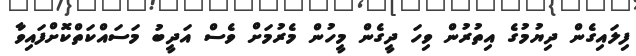
ފިލައިގެން ދިޔުމުގެ އިތުރުން ވިހަ ދީގެން މީހުން މެރުމަށް ވެސް އަދީބު މަސައްކަތްކޮށްފައިވާ